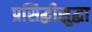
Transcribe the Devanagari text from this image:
प्रसिद्धीसुद्धा